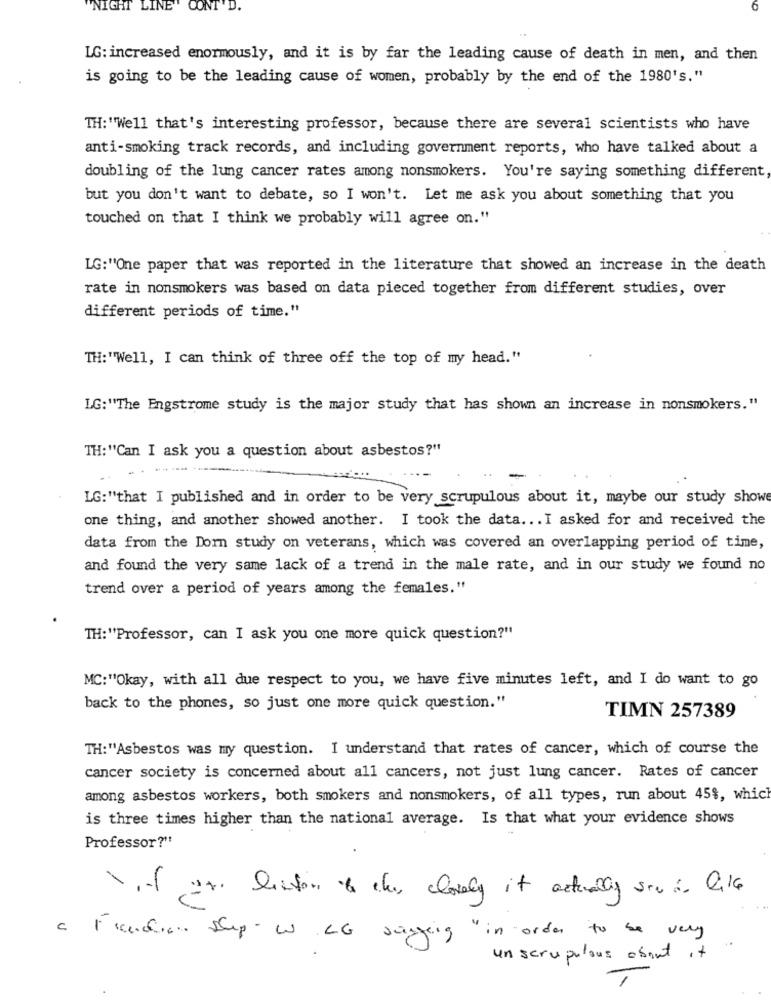
'NIGHT LINE" CONT'D.
LG: increased enormously, and it is by far the leading cause of death in men, and then
is going to be the leading cause of women, probably by the end of the 1980's."
TH: "Well that's interesting professor, because there are several scientists who have
anti-smoking track records, and including government reports, who have talked about a
doubling of the lung cancer rates among nonsmokers. You're saying something different
but you don't want to debate, so I won't. Let me ask you about something that you
touched on that I think we probably will agree on."
LG:"'One paper that was reported in the literature that showed an increase in the death
rate in nonsmokers was based on data pieced together from different studies, over
different periods of time."
TH: ""Well, I can think of three off the top of my head."
LG:"'The Engstrome study is the major study that has shown an increase in nonsmokers."
TH:"Can I ask you a question about asbestos?"
LG:"that I published and in order to be very scrupulous about it, maybe our study showe
one thing, and another showed another. I took the data ... I asked for and received the
data from the Dorn study on veterans, which was covered an overlapping period of time,
and found the very same lack of a trend in the male rate, and in our study we found no
trend over a period of years among the females."
TH:"Professor, can I ask you one more quick question?"
MC:"Okay, with all due respect to you, we have five minutes left, and I do want to go
back to the phones, so just one more quick question."
TIMN 257389
TH:" Asbestos was my question. I understand that rates of cancer, which of course the
cancer society is concerned about all cancers, not just lung cancer. Rates of cancer
among asbestos workers, both smokers and nonsmokers, of all types, run about 45$, which
is three times higher than the national average. Is that what your evidence shows
Professor?"
for liston & this closely it actually sin is like
a Freudian Shop - W LG sagging " in order to be very
un scrupulous about it